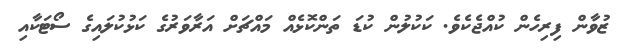
ޒުވާން ފިރިހެން ކުއްޖެކެވެ. ކަކުލުން ކުޑަ ތަންކޮޅެއް މައްޗަށް އަރާވަރުގެ ކަޅުކުލައިގެ ސޯޓަކާއި